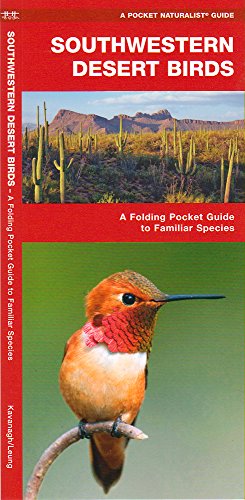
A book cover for Southwestern Desert Birds: An Introduction to Familiar Species; James Kavanagh; Travel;